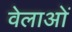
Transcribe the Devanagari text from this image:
वेलाओं